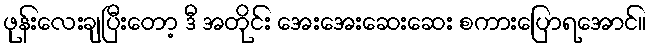
ဖုန်းလေးချပြီးတော့ ဒီ အတိုင်း အေးအေးဆေးဆေး စကားပြောရအောင်။